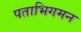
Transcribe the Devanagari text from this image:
पताभिगमन